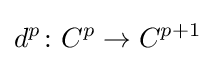
d^{p}\colon C^{p}\to C^{p+1}